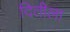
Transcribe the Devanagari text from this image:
दितीला